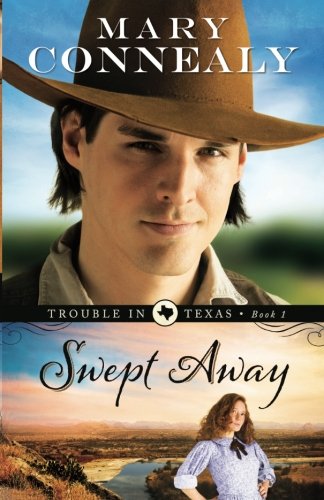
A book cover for Swept Away (Trouble in Texas) (Volume 1); Mary Connealy; Christian Books & Bibles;